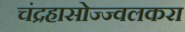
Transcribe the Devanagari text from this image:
चंद्रहासोज्ज्वलकरा